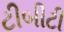
ટીબીટી